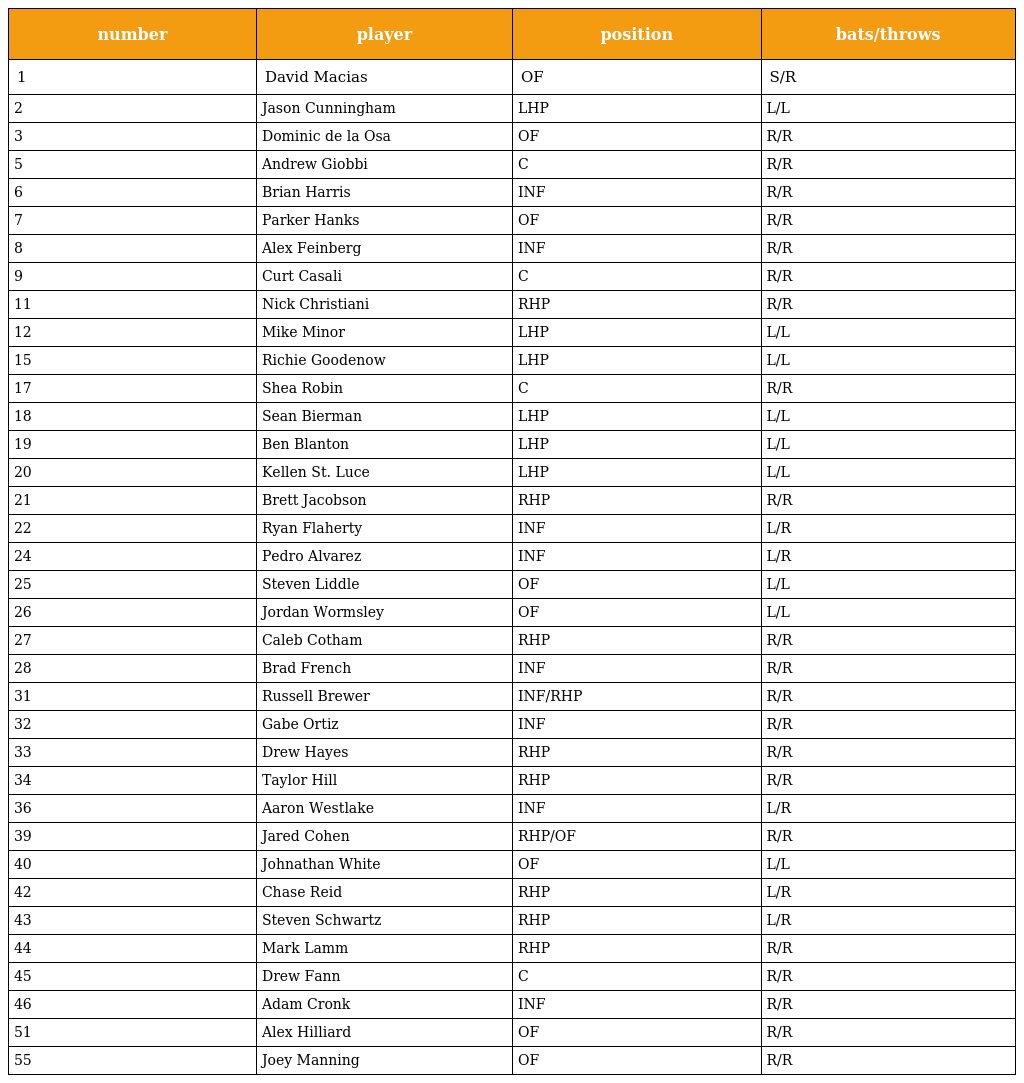
| number | player | position | bats/throws |
 | --- | --- | --- | --- |
 | 1 | David Macias | OF | S/R |
 | 2 | Jason Cunningham | LHP | L/L |
 | 3 | Dominic de la Osa | OF | R/R |
 | 5 | Andrew Giobbi | C | R/R |
 | 6 | Brian Harris | INF | R/R |
 | 7 | Parker Hanks | OF | R/R |
 | 8 | Alex Feinberg | INF | R/R |
 | 9 | Curt Casali | C | R/R |
 | 11 | Nick Christiani | RHP | R/R |
 | 12 | Mike Minor | LHP | L/L |
 | 15 | Richie Goodenow | LHP | L/L |
 | 17 | Shea Robin | C | R/R |
 | 18 | Sean Bierman | LHP | L/L |
 | 19 | Ben Blanton | LHP | L/L |
 | 20 | Kellen St. Luce | LHP | L/L |
 | 21 | Brett Jacobson | RHP | R/R |
 | 22 | Ryan Flaherty | INF | L/R |
 | 24 | Pedro Alvarez | INF | L/R |
 | 25 | Steven Liddle | OF | L/L |
 | 26 | Jordan Wormsley | OF | L/L |
 | 27 | Caleb Cotham | RHP | R/R |
 | 28 | Brad French | INF | R/R |
 | 31 | Russell Brewer | INF/RHP | R/R |
 | 32 | Gabe Ortiz | INF | R/R |
 | 33 | Drew Hayes | RHP | R/R |
 | 34 | Taylor Hill | RHP | R/R |
 | 36 | Aaron Westlake | INF | L/R |
 | 39 | Jared Cohen | RHP/OF | R/R |
 | 40 | Johnathan White | OF | L/L |
 | 42 | Chase Reid | RHP | L/R |
 | 43 | Steven Schwartz | RHP | L/R |
 | 44 | Mark Lamm | RHP | R/R |
 | 45 | Drew Fann | C | R/R |
 | 46 | Adam Cronk | INF | R/R |
 | 51 | Alex Hilliard | OF | R/R |
 | 55 | Joey Manning | OF | R/R |